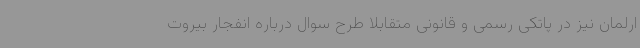
ارلمان نیز در پاتکی رسمی و قانونی متقابلا طرح سوال درباره انفجار بیروت